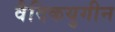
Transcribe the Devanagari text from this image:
वैदिकयुगीन